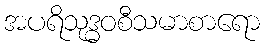
အပရိသုဒ္ဓဝစီသမာစာရော